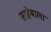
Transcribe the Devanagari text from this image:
साहेबाला